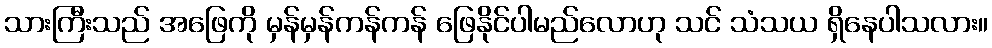
သားကြီးသည် အဖြေကို မှန်မှန်ကန်ကန် ဖြေနိုင်ပါမည်လောဟု သင် သံသယ ရှိနေပါသလား။